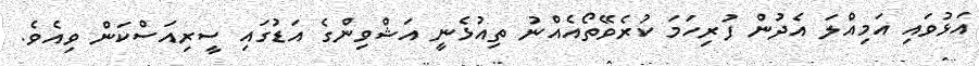
އަޅުވައި އަމިއްލަ އެދުން ފުރިހަމަ ކުރެވޭތޯއެއްނު ތިއުޅެނީ އަޝްވިންގެ އަޑުގައި ސީރިއަސްކަން ވިއެވެ.